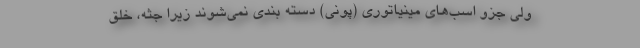
ولی جزو اسب‌های مینیاتوری (پونی) دسته بندی نمی‌شوند زیرا جثه، خلق